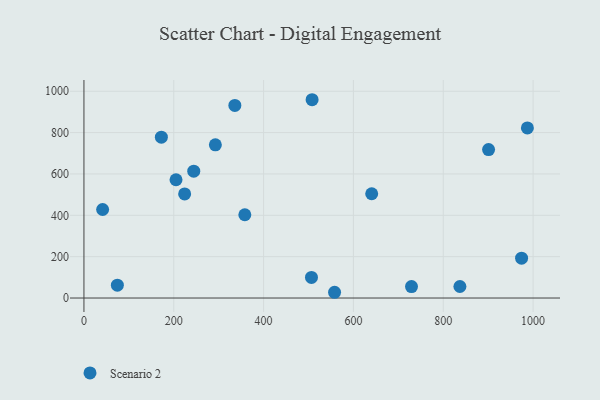
{"axis": {"x": "Speed", "y": "Fuel Efficiency"}, "legend": ["Scenario 2"], "data": [{"x": "244.5", "y": 613.3, "type": "Scenario 2"}, {"x": "292.6", "y": 740.7, "type": "Scenario 2"}, {"x": "224.2", "y": 503.4, "type": "Scenario 2"}, {"x": "729.3", "y": 55.3, "type": "Scenario 2"}, {"x": "974.4", "y": 192.6, "type": "Scenario 2"}, {"x": "837.1", "y": 55.8, "type": "Scenario 2"}, {"x": "205.0", "y": 572.0, "type": "Scenario 2"}, {"x": "900.9", "y": 717.8, "type": "Scenario 2"}, {"x": "987.3", "y": 822.5, "type": "Scenario 2"}, {"x": "336.0", "y": 931.3, "type": "Scenario 2"}, {"x": "506.6", "y": 99.5, "type": "Scenario 2"}, {"x": "640.7", "y": 504.3, "type": "Scenario 2"}, {"x": "358.2", "y": 402.8, "type": "Scenario 2"}, {"x": "558.0", "y": 27.8, "type": "Scenario 2"}, {"x": "172.4", "y": 777.9, "type": "Scenario 2"}, {"x": "508.0", "y": 959.0, "type": "Scenario 2"}, {"x": "74.4", "y": 62.1, "type": "Scenario 2"}, {"x": "41.6", "y": 428.1, "type": "Scenario 2"}]}